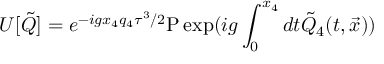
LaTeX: U [ { \tilde { Q } } ] = e ^ { - i g x _ { 4 } q _ { 4 } \tau ^ { 3 } / 2 } \mathrm { P } \exp ( i g \int _ { 0 } ^ { x _ { 4 } } d t { \tilde { Q } } _ { 4 } ( t , { \vec { x } } ) )